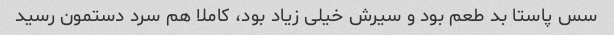
سس پاستا بد طعم بود و سیرش خیلی زیاد بود، کاملا هم سرد دستمون رسید